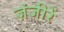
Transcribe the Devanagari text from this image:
ज़ंजीरें